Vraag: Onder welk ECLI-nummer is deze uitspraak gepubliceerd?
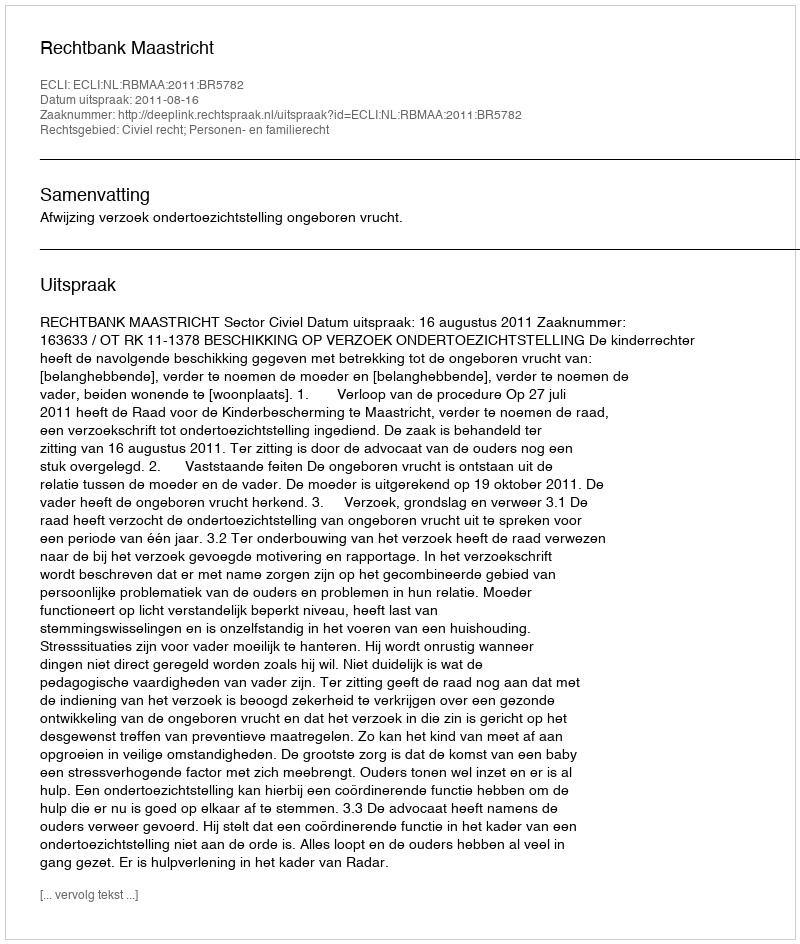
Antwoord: ECLI:NL:RBMAA:2011:BR5782